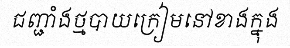
ជញ្ជាំងថ្មបាយក្រៀមនៅខាងក្នុង